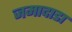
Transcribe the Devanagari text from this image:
जमादाडा